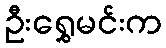
ဦးရွှေမင်းက